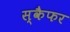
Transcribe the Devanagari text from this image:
स्कैफर